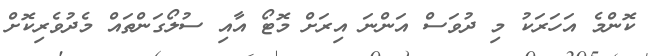
ކޮންމެ އަހަރަކު މި ދުވަސް އަންނަ އިރަށް މޮޓޯ އާއި ސުލޯގަންތައް މެދުވެރިކޮށް